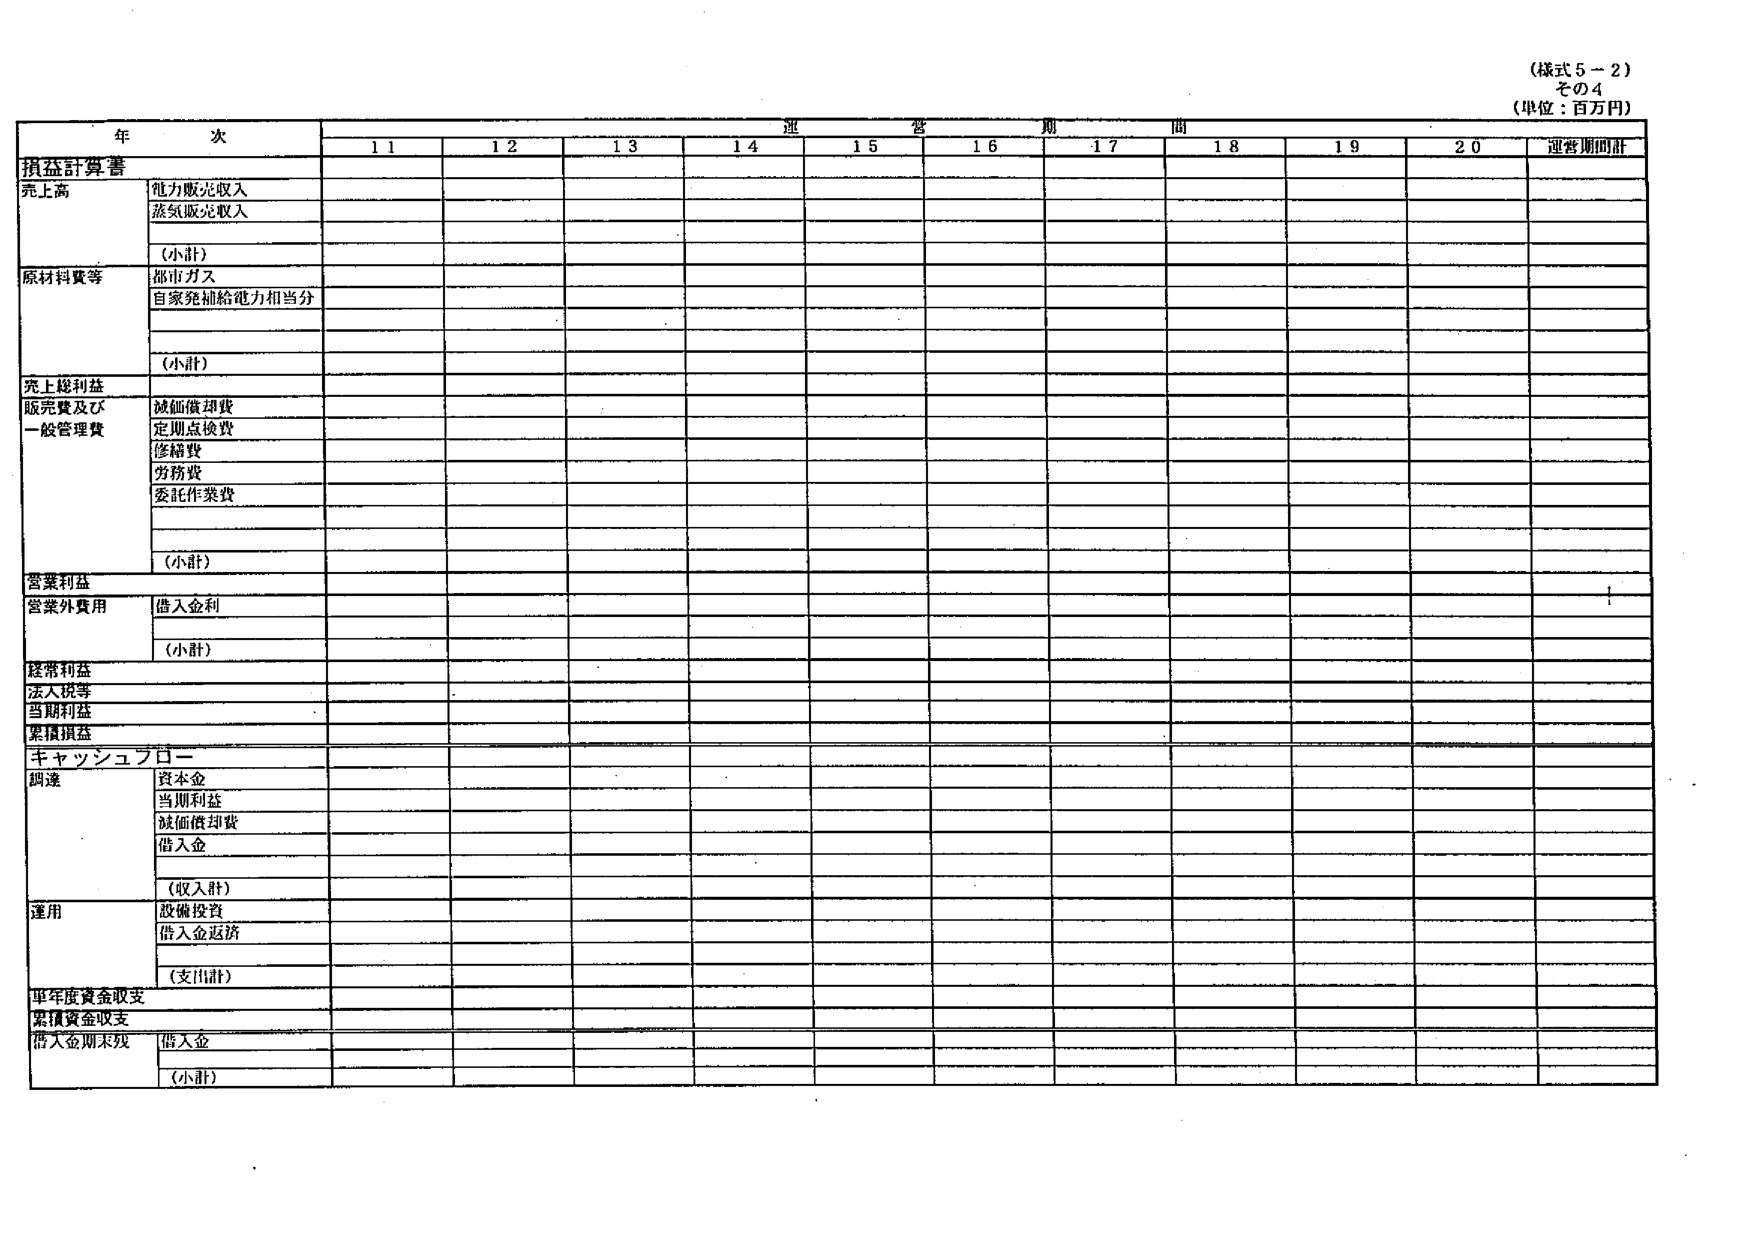
(様式5-2)
その4
(単位：百万円)

年次
運営期間
11  12  13  14  15  16  17  18  19  20  運営期間計

損益計算書
売上高
　電力販売収入
　蒸気販売収入
　(小計)
原材料費等
　都市ガス
　自家発加給能力相当分
　(小計)
売上総利益
販売費及び
一般管理費
　減価償却費
　定期点検費
　修繕費
　労務費
　委託作業費
　(小計)
営業利益
営業外費用
　借入金利
　(小計)
経常利益
法人税等
当期利益
累積損益

キャッシュフロー
調達
　資本金
　当期利益
　減価償却費
　借入金
　(収入計)
運用
　設備投資
　借入金返済
　(支出計)
単年度資金収支
累積資金収支
借入金期末残
　借入金
　(小計)